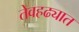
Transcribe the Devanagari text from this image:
तेवहढ्यात